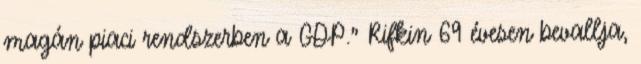
magán piaci rendszerben a GDP." Rifkin 69 évesen bevallja,